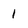
Character: 1